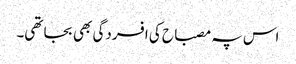
اس پہ مصباح کی افسردگی بھی بجا تھی۔